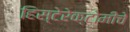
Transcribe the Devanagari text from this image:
हिस्टेरेक्टोमीचे